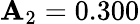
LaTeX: \mathbf{A}_{2}=0.300